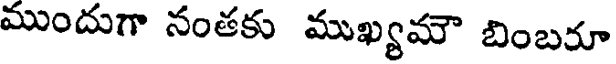
ముందుగా నంతకు ముఖ్యమౌ బింబరూ